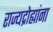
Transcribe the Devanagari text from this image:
राज्यद्रोह्यांना